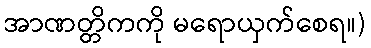
အာဏတ္တိကကို မရောယှက်စေရ။)